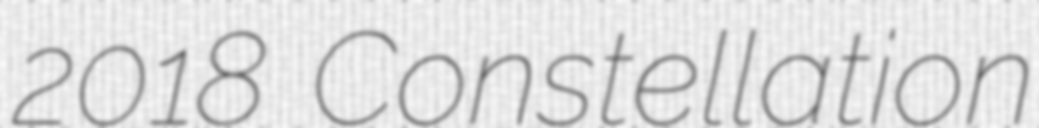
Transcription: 2018 Constellation